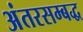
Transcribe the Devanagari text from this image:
अंतरसम्बद्ध